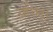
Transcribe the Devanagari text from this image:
अचित्‌।